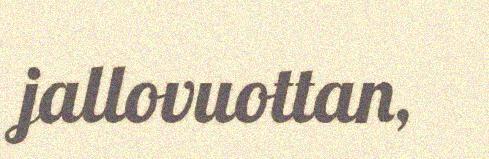
jallovuottan,